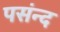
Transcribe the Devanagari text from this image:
पसंन्द